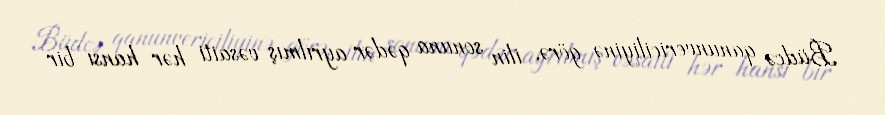
Büdcə qanunvericiliyinə görə, ilin sonuna qədər ayrılmış vəsaiti hər hansı bir